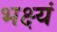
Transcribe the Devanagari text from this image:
भक्ष्यं